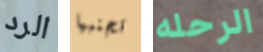
الرد تجنبها الرحله